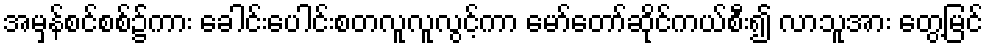
အမှန်စင်စစ်၌ကား ခေါင်းပေါင်းစတလူလူလွင့်ကာ မော်တော်ဆိုင်ကယ်စီး၍ လာသူအား တွေ့မြင်